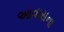
આવાસના